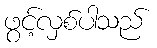
ဖွင့်လှစ်ပါသည်